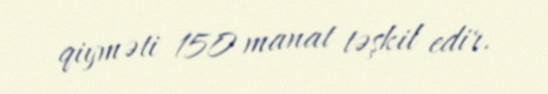
qiyməti 150 manat təşkil edir.